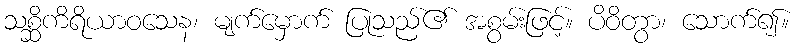
သစ္ဆိကိရိယာဝသေန၊ မျက်မှောက် ပြုသည်၏ အစွမ်းဖြင့်။ ပိဝိတွာ၊ သောက်၍။